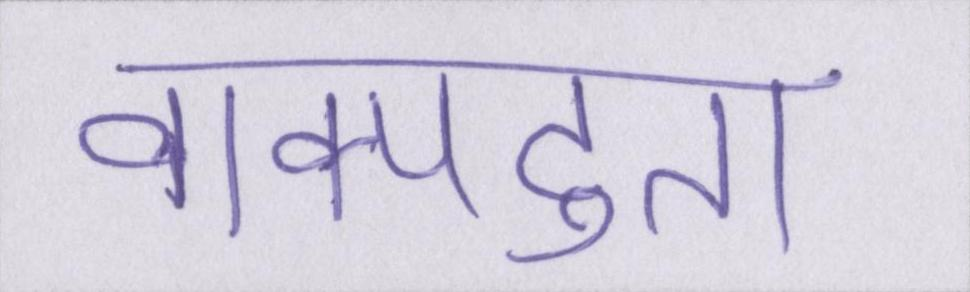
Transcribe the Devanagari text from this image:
वाक्पटुता